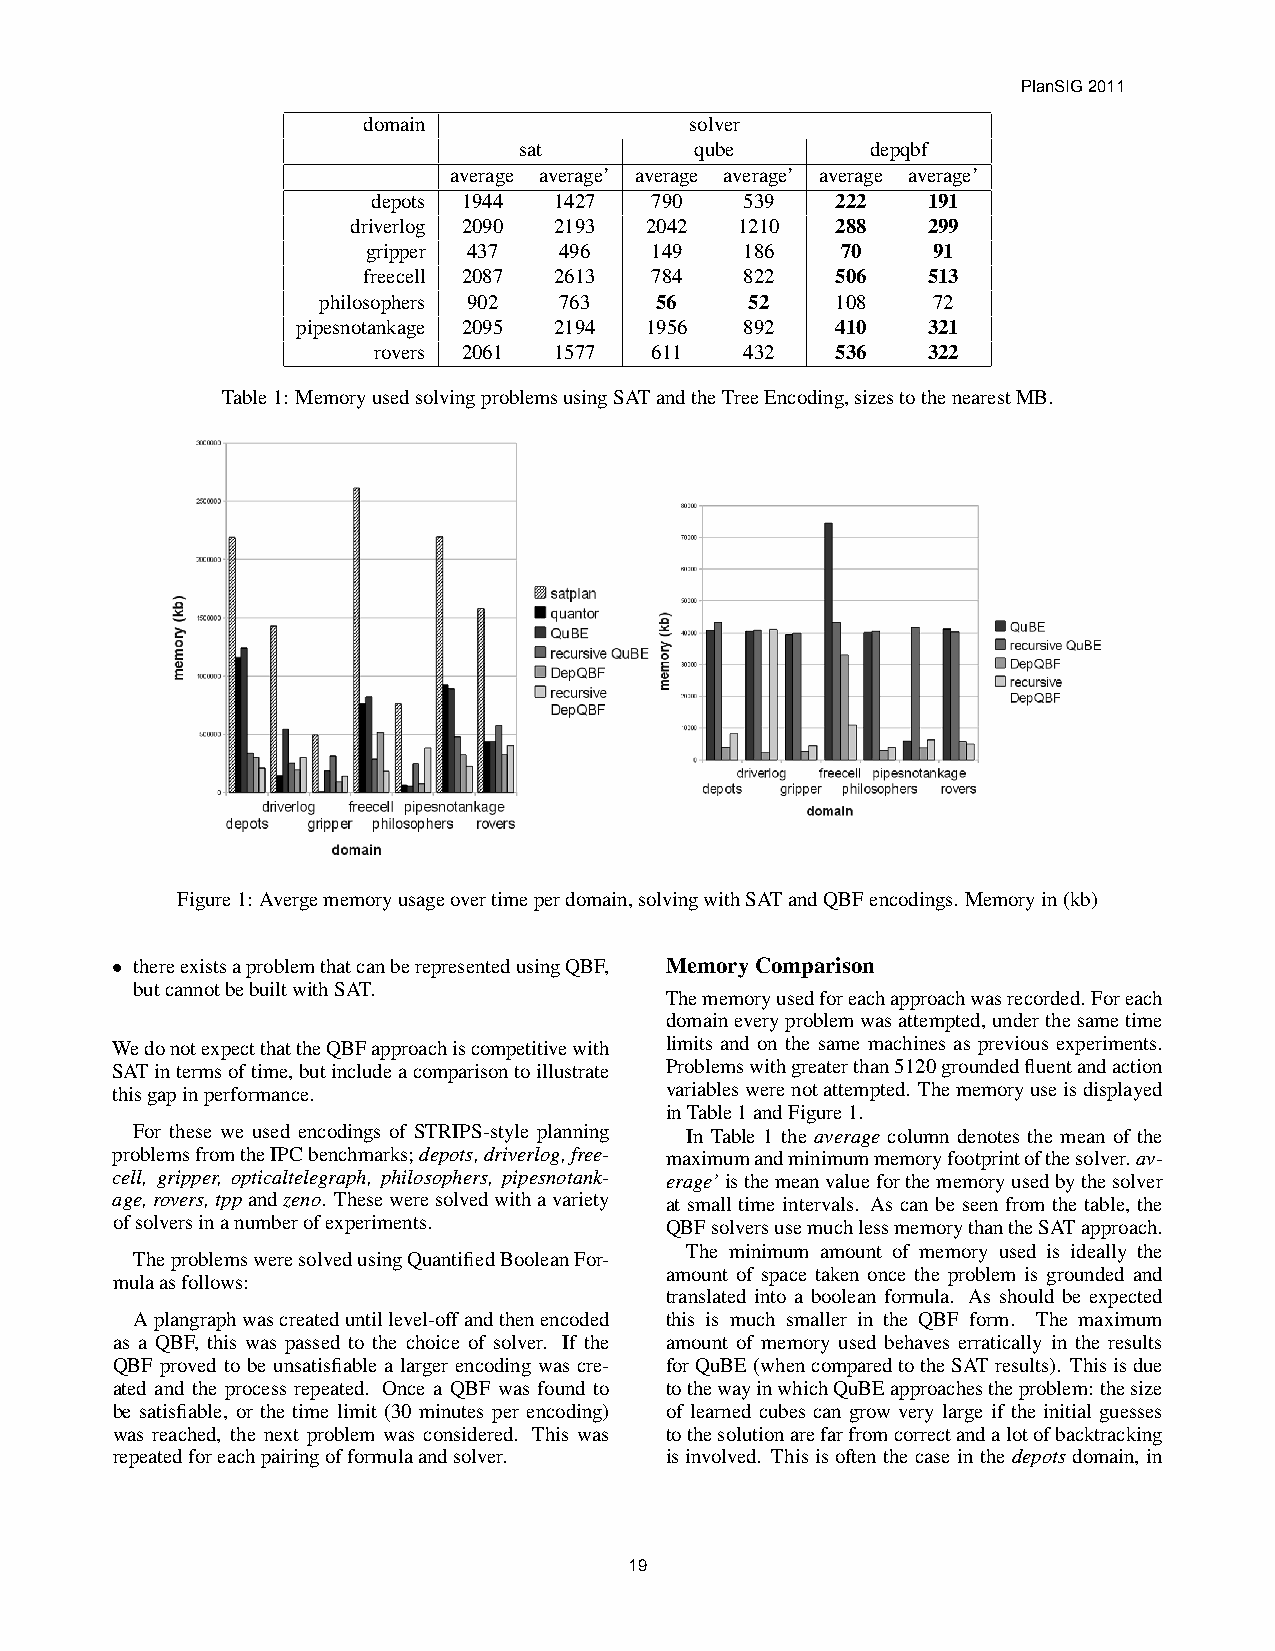
PlanSIG 2011
 domain                solver
 sat         qube        depqbf
 average average’ average average’ average average’
 depots 1944 1427  790   539   222   191
 driverlog 2090 2193 2042  1210  288   299
 gripper 437  496   149   186    70    91
 freecell 2087 2613 784   822   506   513
 philosophers 902 763  56     52   108    72
 pipesnotankage 2095 2194 1956 892  410   321
 rovers 2061 1577  611   432   536   322
 Table1: MemoryusedsolvingproblemsusingSATandtheTreeEncoding,sizestothenearestMB.
 Figure1: Avergememoryusageovertimeperdomain,solvingwithSATandQBFencodings. Memoryin(kb)
 • thereexistsaproblemthatcanberepresentedusingQBF, MemoryComparison
 butcannotbebuiltwithSAT.
 Thememoryusedforeachapproachwasrecorded.Foreach
 domaineveryproblemwasattempted, underthesametime
 WedonotexpectthattheQBFapproachiscompetitivewith limits and on the same machines as previous experiments.
 SATintermsoftime,butincludeacomparisontoillustrate Problemswithgreaterthan5120groundedfluentandaction
 thisgapinperformance.                variableswerenotattempted. Thememoryuseisdisplayed
 inTable1andFigure1.
 For these we used encodings of STRIPS-style planning In Table 1 the average column denotes the mean of the
 problemsfromtheIPCbenchmarks;depots,driverlog,free- maximumandminimummemoryfootprintofthesolver.av-
 cell, gripper, opticaltelegraph, philosophers, pipesnotank- erage’isthemeanvalueforthememoryusedbythesolver
 age,rovers,tppandzeno. Theseweresolvedwithavariety at small time intervals. As can be seen from the table, the
 ofsolversinanumberofexperiments.     QBFsolversusemuchlessmemorythantheSATapproach.
 The minimum amount of memory used is ideally the
 TheproblemsweresolvedusingQuantifiedBooleanFor-
 amount of space taken once the problem is grounded and
 mulaasfollows:
 translated into a boolean formula. As should be expected
 Aplangraphwascreateduntillevel-offandthenencoded this is much smaller in the QBF form. The maximum
 as a QBF, this was passed to the choice of solver. If the amount of memory used behaves erratically in the results
 QBF proved to be unsatisfiable a larger encoding was cre- forQuBE(whencomparedtotheSATresults). Thisisdue
 ated and the process repeated. Once a QBF was found to tothewayinwhichQuBEapproachestheproblem: thesize
 be satisfiable, or the time limit (30 minutes per encoding) of learned cubes can grow very large if the initial guesses
 was reached, the next problem was considered. This was tothesolutionarefarfromcorrectandalotofbacktracking
 repeatedforeachpairingofformulaandsolver. is involved. This is often the case in the depots domain, in
 19